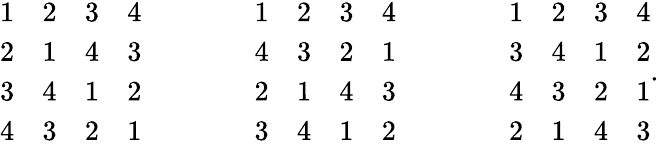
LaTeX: {\begin{array}{llll}{1}&{2}&{3}&{4}\\ {2}&{1}&{4}&{3}\\ {3}&{4}&{1}&{2}\\ {4}&{3}&{2}&{1}\end{array}}\qquad\qquad{\begin{array}{llll}{1}&{2}&{3}&{4}\\ {4}&{3}&{2}&{1}\\ {2}&{1}&{4}&{3}\\ {3}&{4}&{1}&{2}\end{array}}\qquad\qquad{\begin{array}{llll}{1}&{2}&{3}&{4}\\ {3}&{4}&{1}&{2}\\ {4}&{3}&{2}&{1}\\ {2}&{1}&{4}&{3}\end{array}}.